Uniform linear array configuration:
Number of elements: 24
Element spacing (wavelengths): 0.5
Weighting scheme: blackman
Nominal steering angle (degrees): -15
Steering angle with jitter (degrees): -15.695
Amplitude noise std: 0.05
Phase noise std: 0.05

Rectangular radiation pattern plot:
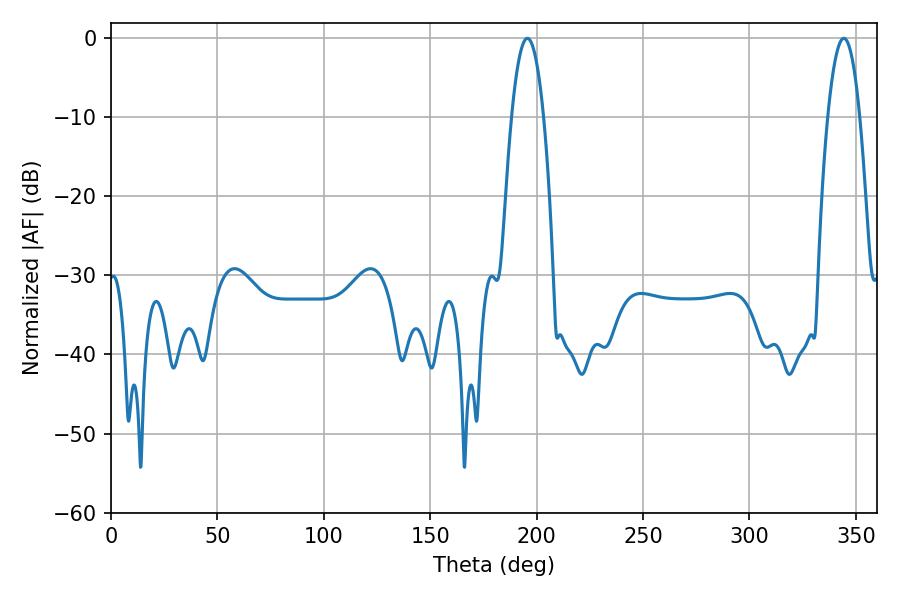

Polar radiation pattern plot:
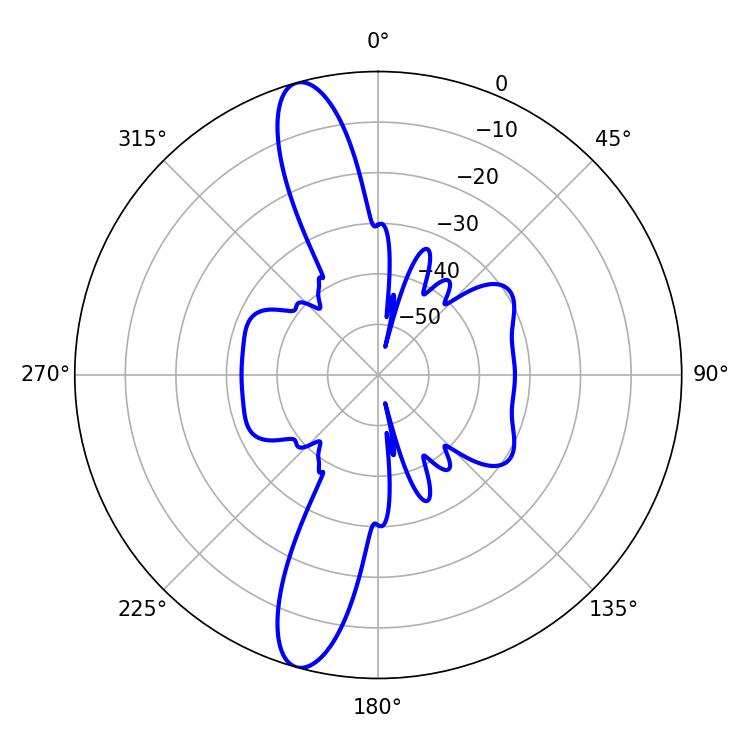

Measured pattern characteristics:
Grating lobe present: FALSE
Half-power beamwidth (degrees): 8.28
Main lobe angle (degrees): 195.66